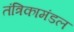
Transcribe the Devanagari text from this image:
तंत्रिकामंडल